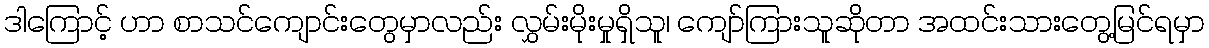
ဒါကြောင့် ဟာ စာသင်ကျောင်းတွေမှာလည်း လွှမ်းမိုးမှုရှိသူ၊ ကျော်ကြားသူဆိုတာ အထင်းသားတွေ့မြင်ရမှာ